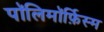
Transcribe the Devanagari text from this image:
पॉलिमॉर्फ़िस्म